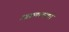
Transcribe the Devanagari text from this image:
आक्रमकपणाने